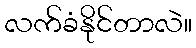
လက်ခံနိုင်တာလဲ။